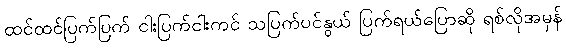
ထင်ထင်ပြက်ပြက် ငါးပြက်ငါးကင် သပြက်ပင်နွယ် ပြက်ရယ်ပြောဆို ရစ်လိုအမှန်